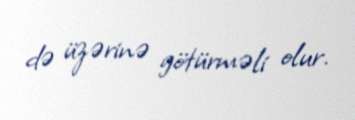
də üzərinə götürməli olur.